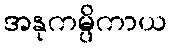
အနုကမ္ပိကာယ